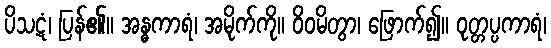
ပိသဋံ၊ ပြန်၏။ အန္ဓကာရံ၊ အမိုက်ကို။ ဝိဝမိတွာ၊ ဖြောက်၍။ ဝုတ္တပ္ပကာရံ၊